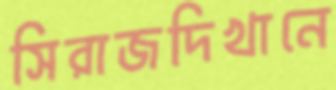
সিরাজদিখানে